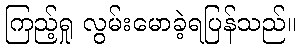
ကြည့်ရှု လွမ်းမောခဲ့ရပြန်သည်။